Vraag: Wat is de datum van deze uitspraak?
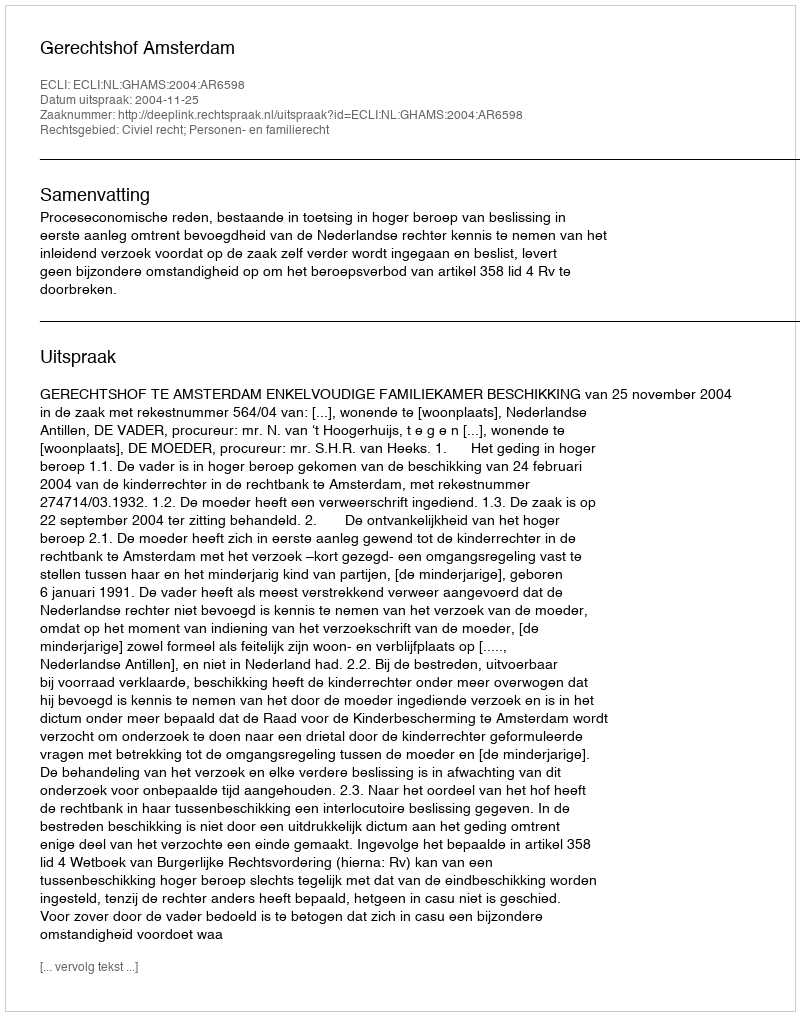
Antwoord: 2004-11-25